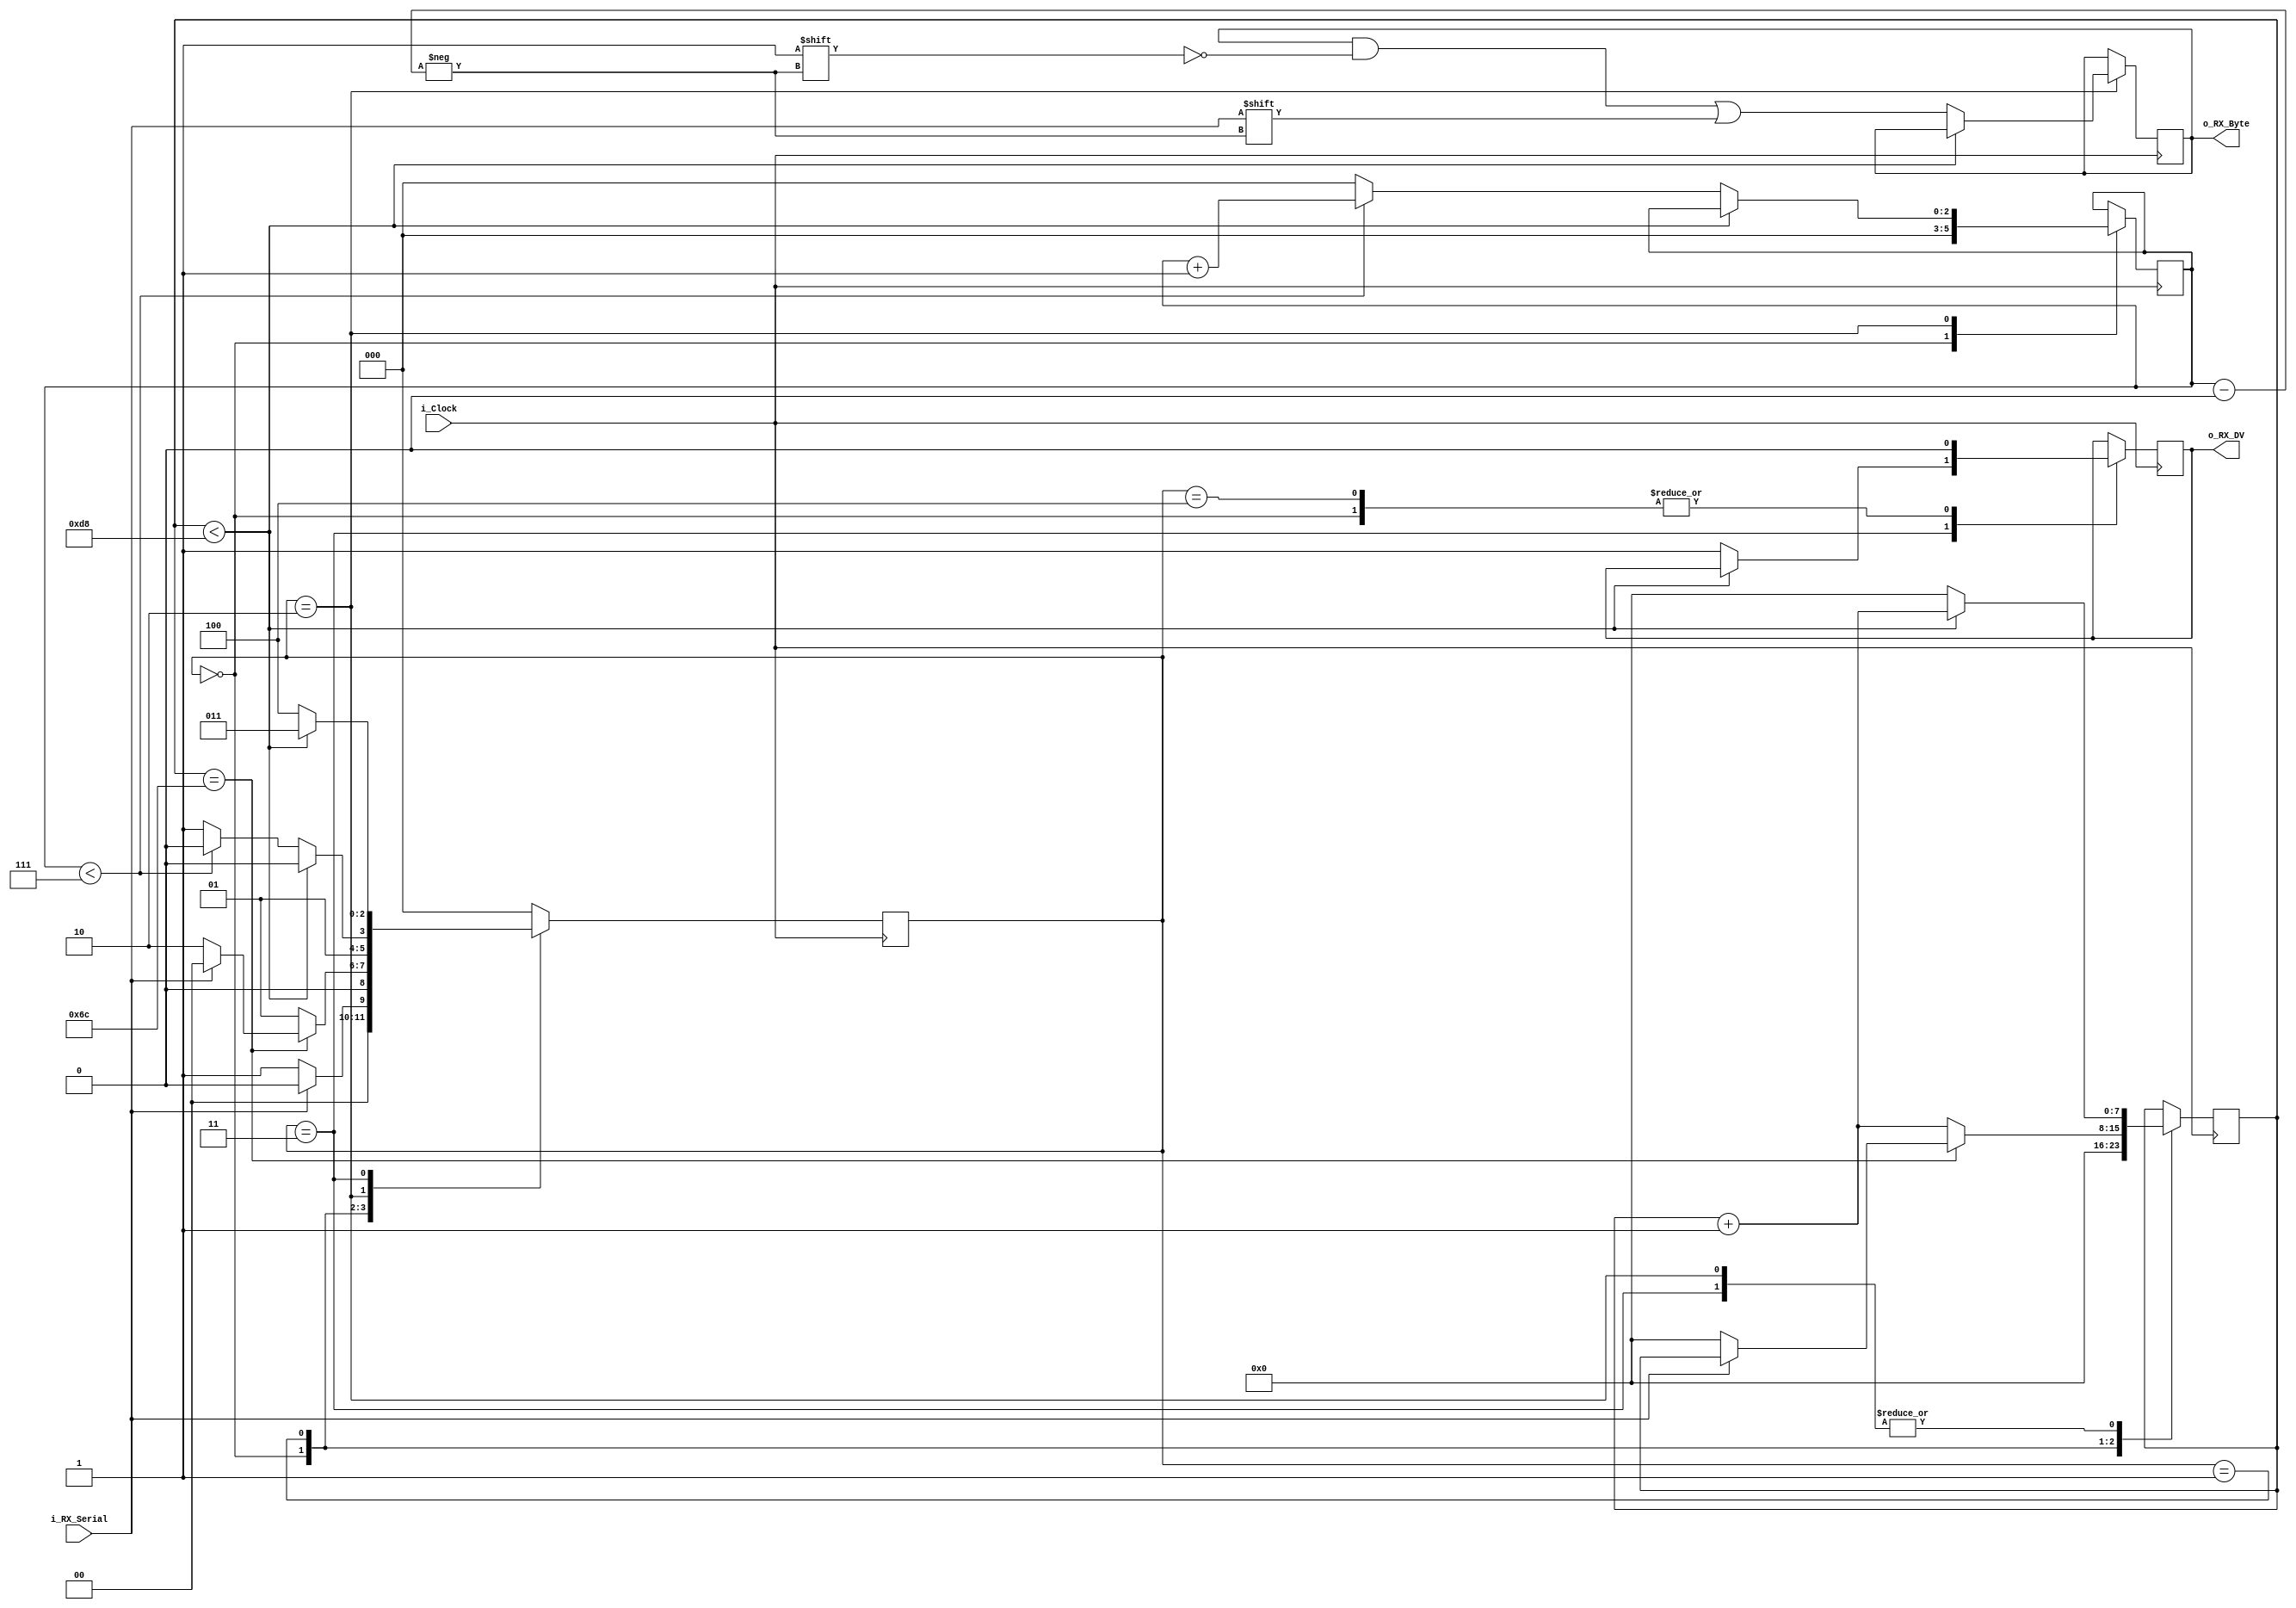
// this project creates a UART reciver that recives a byte from the computer and displays
// it on the 7-segment display. the Uart reciever should operate at 115200 Baud rate (amount
// of bits per second), 8 data bits long, no parity 1 stop bit, no flow control

// contains one start bit, one stop bit, and no parity bit. When recieved is complete 
// o_rx_dv will be driven high for one clock cycle 

// Set parameters CLKS_PER_BIT as follows:
// CLKS_PER_BIT = (Frequency of i_Clock)/(Frequency of UART)
// Example : 25 MHz Clock, 115200 Baud UART
// (25000000)/(115200) = 217 
// 217/2 = the middle sample of each bit 

module UART_RX
	#(parameter CLKS_PER_BIT = 217)
	(
	input i_Clock,
	input i_RX_Serial,
	output o_RX_DV,
	output [7:0] o_RX_Byte
	);
	
	parameter IDLE			= 3'b000;
	parameter RX_START_BIT	= 3'b001;
	parameter RX_DATA_BIT	= 3'b010;
	parameter RX_STOP_BIT	= 3'b011;
	parameter CLEANUP		= 3'b100;
	
	reg [7:0]	r_Clock_Count = 0; //counting up to 217 
	reg [2:0]	r_Bit_Index   = 0; //indexing 0-7
	reg [7:0]	r_RX_Byte	  = 0; // storing 8 bits of data 
	reg 		r_RX_DV		  = 0; // data valid bit 1 when stop bit recieved 
	reg [2:0]	r_SM_Main     = 0; //// holds 5 different states 
	
	always @(posedge i_Clock)
begin 
	
	case(r_SM_Main)
		IDLE: 
		begin 
			r_RX_DV <= 1'b0;
			r_Clock_Count <= 0;
			r_Bit_Index <= 0;
			
			if (i_RX_Serial == 1'b0) //When i_RX_Serial drops low that means start bit has been detected 
				r_SM_Main <= RX_START_BIT;
			else 
				r_SM_Main <= IDLE;
		end 
		RX_START_BIT:
		begin
			if(r_Clock_Count == (CLKS_PER_BIT-1)/2) // find the middle of the bit and start to recieve
			begin 
				if (i_RX_Serial == 1'b0)
				begin 
					r_Clock_Count <= 0; // set the clock back to 0 so the counter can count upto 217 from middle 
					r_SM_Main <= RX_DATA_BIT; // go to RX_DATA_BIT state to index recieving bits 
				end 
				else 
					r_SM_Main <= IDLE;
			end 
				else 
				begin
					r_Clock_Count <= r_Clock_Count + 1;
					r_SM_Main <= RX_START_BIT;
				end
		end 
		RX_DATA_BIT: 	//start reading i_RX_Serial from middle of bits and index to r_RX_Byte
		begin
			if (r_Clock_Count < (CLKS_PER_BIT-1))
			begin 
				r_Clock_Count <= r_Clock_Count+1;
				r_SM_Main <= RX_DATA_BIT;
			end 
			else 
			begin 
			r_Clock_Count <= 0;
			r_RX_Byte[r_Bit_Index] <= i_RX_Serial;
				if (r_Bit_Index < 7)
				begin 
					r_Bit_Index <= r_Bit_Index+1;
					r_SM_Main <= RX_DATA_BIT;
				end 
				else 
				begin 
					r_Bit_Index <= 0;
					r_SM_Main <= RX_STOP_BIT;
				end
			end
		end 
		RX_STOP_BIT:
		begin
			if(r_Clock_Count < CLKS_PER_BIT-1) //Wait until CLK hits middle of stop bit and then
			begin							   //set DV to 1, reset counter, goto CLEANUP
			r_Clock_Count <= r_Clock_Count +1;
			r_SM_Main <= RX_STOP_BIT;
			end
			else 
			begin
			r_RX_DV <= 1'b1;
			r_Clock_Count <=0;
			r_SM_Main <= CLEANUP;
			end 
		end 
		CLEANUP:
		begin 
			r_SM_Main <= IDLE;
			r_RX_DV <= 1'b0;
		end 
		
		default: 
			r_SM_Main <= IDLE;

	endcase
end 
	
	assign o_RX_DV = r_RX_DV;
	assign o_RX_Byte = r_RX_Byte;
	
endmodule //UART_RX